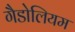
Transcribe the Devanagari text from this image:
गैडोलियम